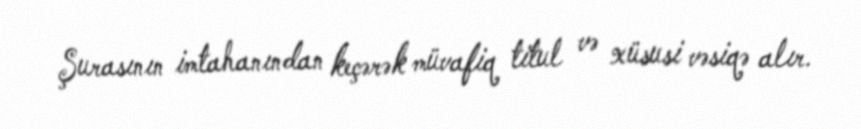
Şurasının imtahanından keçərək müvafiq titul və xüsusi vəsiqə alır.